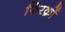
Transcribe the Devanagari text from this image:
फिरक़ों